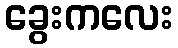
ခွေးကလေး